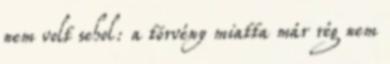
nem volt sehol: a törvény miatta már rég nem